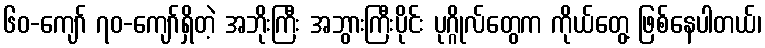
၆၀-ကျော် ၇၀-ကျော်ရှိတဲ့ အဘိုးကြီး အဘွားကြီးပိုင်း ပုဂ္ဂိုလ်တွေက ကိုယ်တွေ့ ဖြစ်နေပါတယ်၊